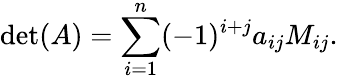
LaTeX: \operatorname*{det}(A)=\sum_{i=1}^{n}(-1)^{i+j}a_{ij}M_{ij}.